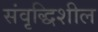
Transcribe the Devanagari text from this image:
संवृद्धिशील